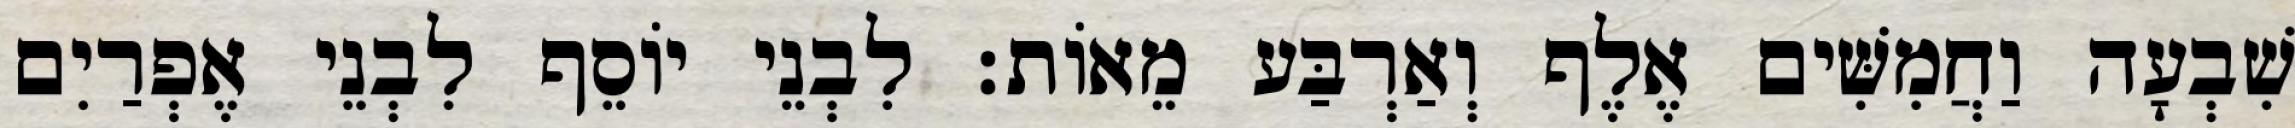
שִׁבְעָה וַחֲמִשִּׁים אֶלֶף וְאַרְבַּע מֵאוֹת׃ לִבְנֵי יוֹסֵף לִבְנֵי אֶפְרַיִם